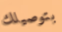
بتوصيلك